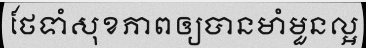
ថែទាំសុខភាពឲ្យបានមាំមួនល្អ